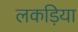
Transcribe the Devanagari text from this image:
लकड़िया